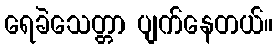
ရေခဲသေတ္တာ ပျက်နေတယ်။